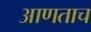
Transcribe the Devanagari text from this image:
आणताच